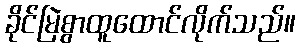
ခိုင်မြဲစွာထူထောင်လိုက်သည်။